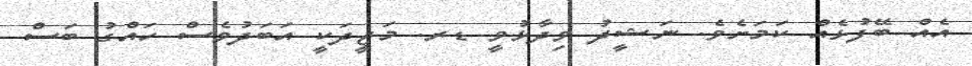
އެއް ބޭފުޅެއް ކަމަށެވެ. ނަޝީދު ވިދާޅުވީ ޑރ. މަޖީދަކީ އަބަދުވެސް ހައްގު ބަސް